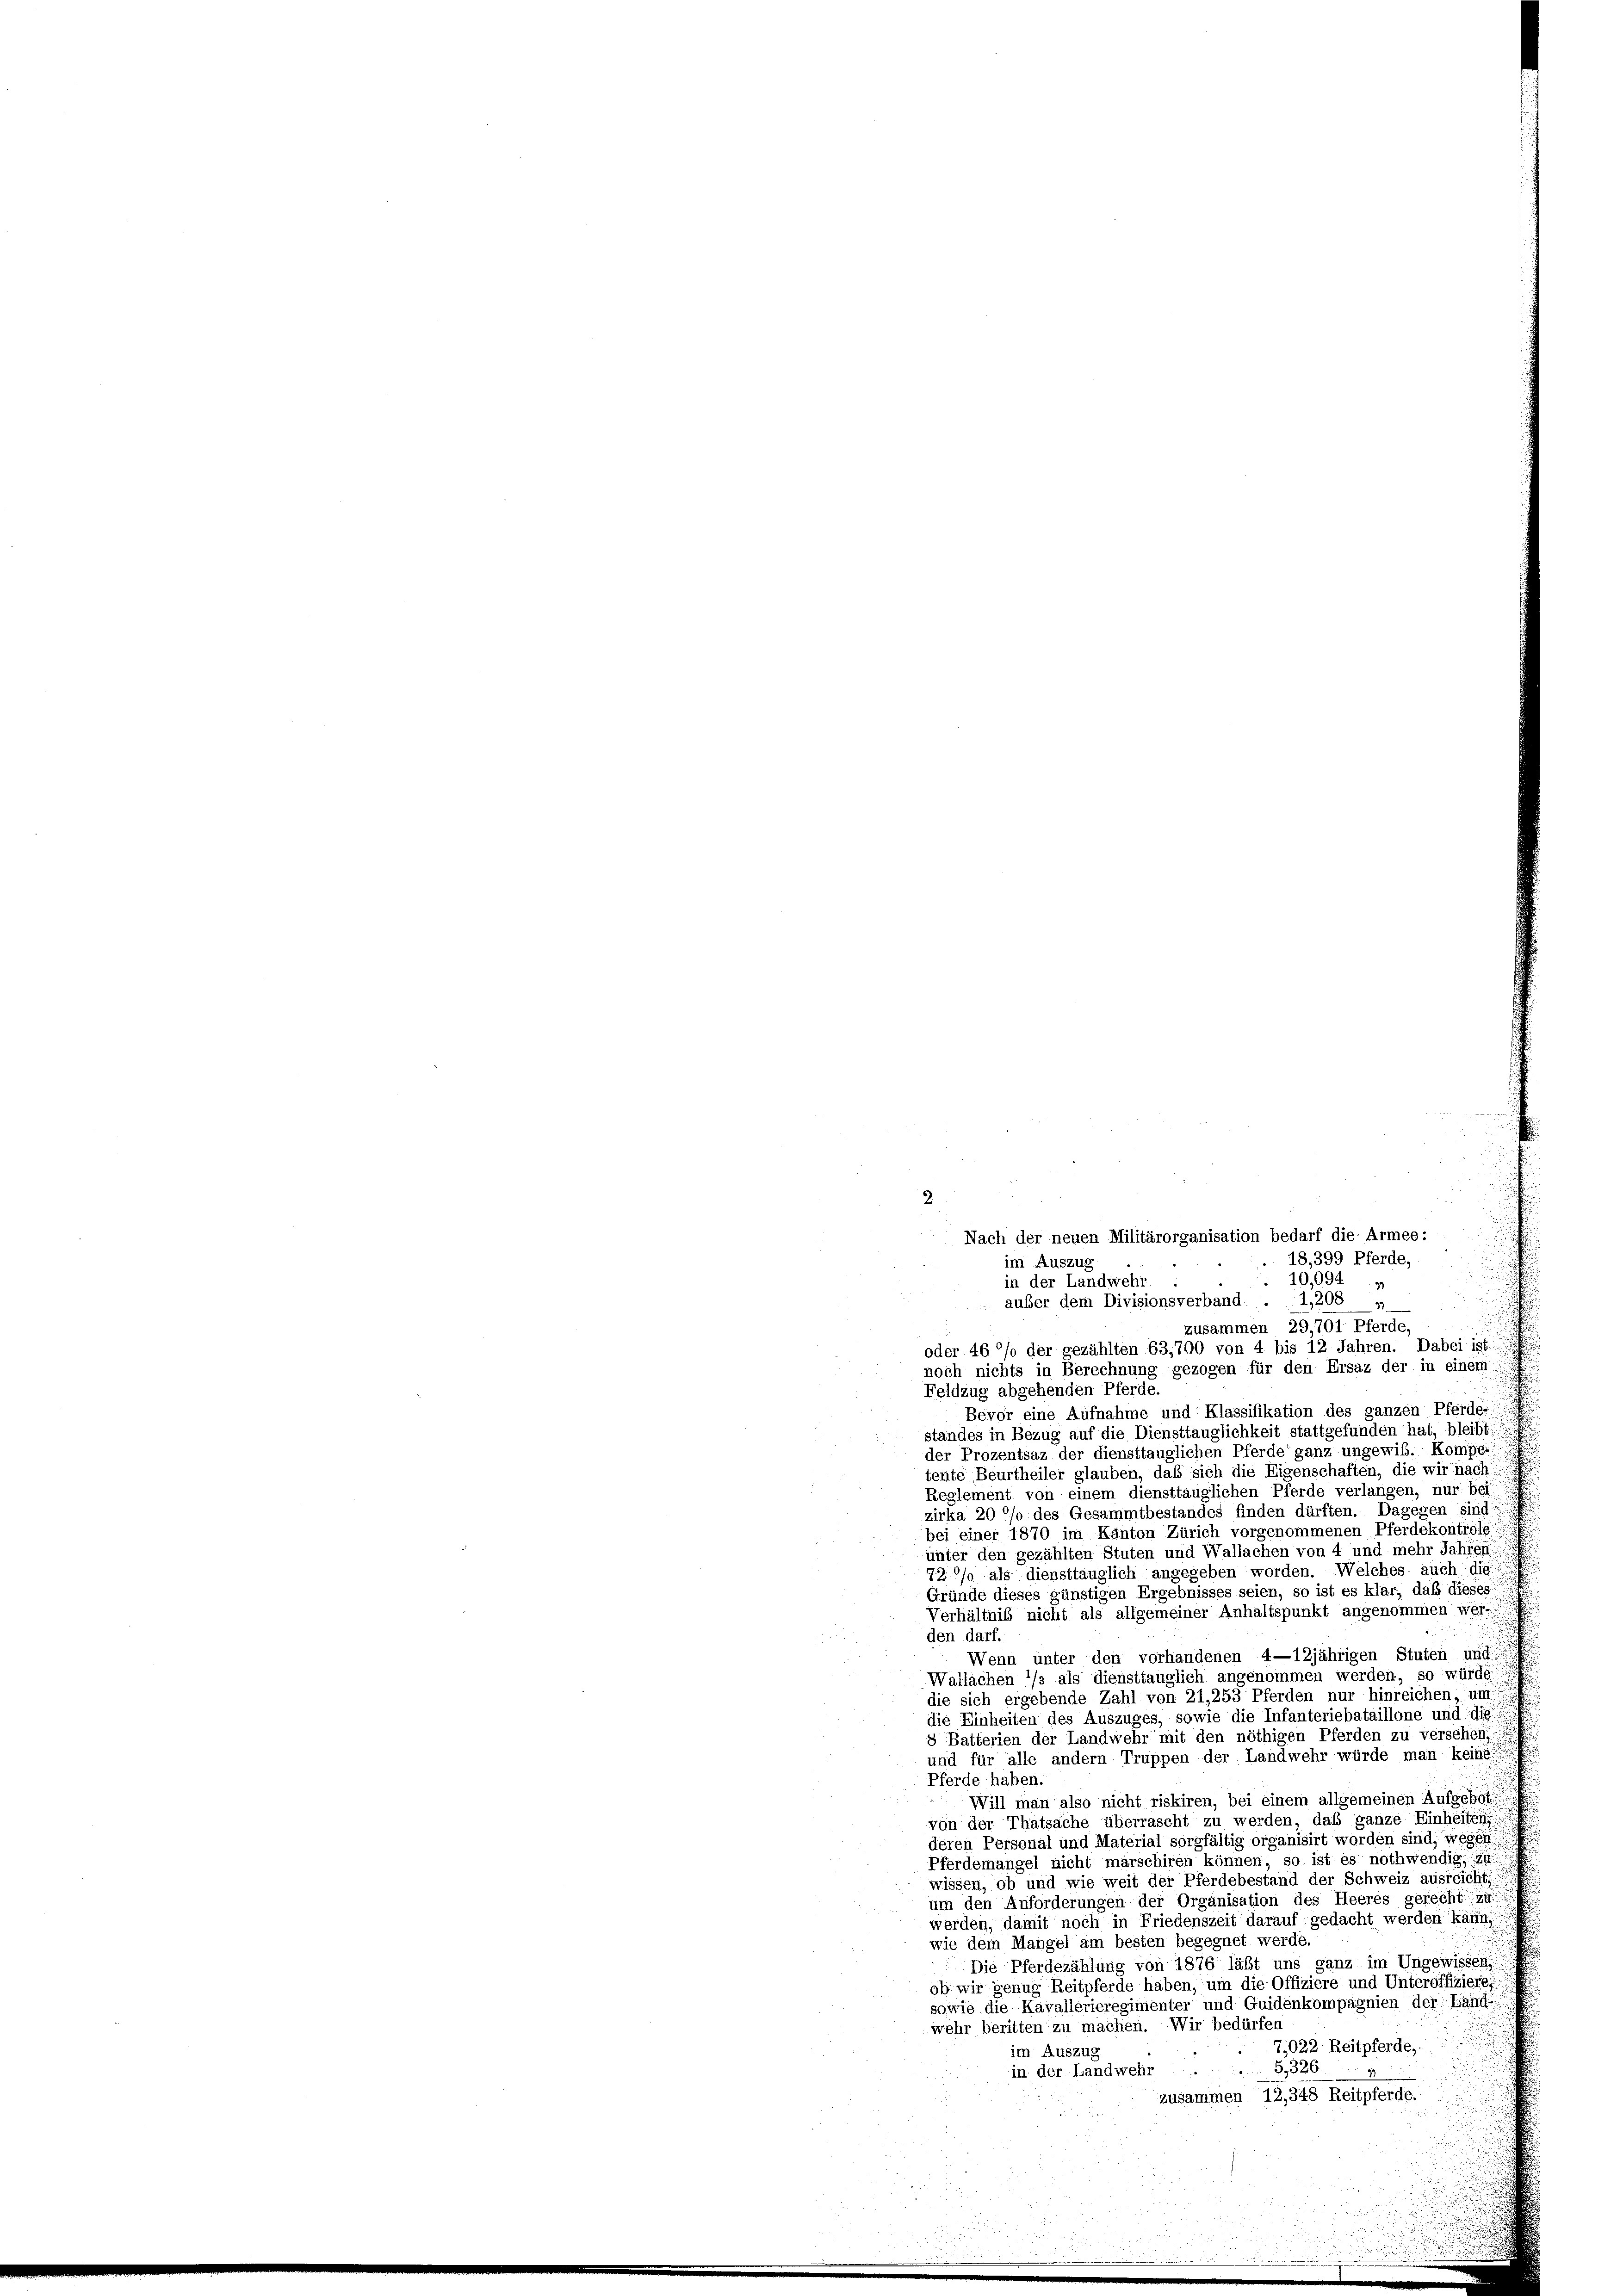
noch nichts in Berechnung gezogen für den Ersaz der in einem
Feldzug abgehenden Pferde.
Bevor eine Aufnahme und Klassifikation des ganzen Pferde-
standes in Bezug auf die Diensttauglichkeit stattgefunden hat, bleibt
der Prozentsaz der diensttauglichen Pferde ganz ungewis. Kompei
tente Beurtheiler glauben, daß sich die Eigenschaften, die wir nach!
Reglement von einem diensttauglichen Pferde verlangen, nur bei
zirka 20 °/o des Gesammtbestandes finden dürften. Dagegen sind
bei einer 1870 im Kanton Zürich vorgenommenen Pferdekontrole
unter den gezählten Stuten und Wallachen von 4 und mehr Jahren
72/0 als diensttauglich angegeben worden. Welches auch die
Gründe dieses günstigen Ergebnisses seien, so ist es klar, daß dieses
Verhältnis nicht als allgemeiner Anhaltspunkt angenommen wer
den darf.
Wenn unter den vorhandenen 4—12jährigen Stuten und
Watlachen */s als diensttauglich angenommen werden, so würde
die sich ergebende Zahl von 21,253 Pferden nur hinreichen, um
die Einheiten des Auszuges, sowie die Infanteriebataillone und die
8 Bätterien der Landwehr mit den nöthigen Pferden zu versehen,
und für alle andern Truppen der Landwehr würde man keine!!!
Pferde haben.
Will man also nicht riskiren, bei einem allgemeinen Aufgebot
von der Thatsache überrascht zu werden, das ganze Einheiten
deren Personal und Material sorgfältig organisirt worden sind; wegen
Pferdemangel nicht marschiren können, so ist es nothwendig, in
wissen, ob und wie weit der Pferdebestand der Schweiz ausreicht,
um den Anforderungen der Organisation des Heeres gerecht zu
werden, damit noch in Friedenszeit darauf gedacht werden kann,
wie dem Mangel am besten begegnet werde.
Die Pferdezählung von 1876 läßt uns ganz im Ungewissen
ob wir genug Zeitpferde haben, um die Offiziere und Unteroffiziere
sowie die Kavallerieregimenter und Guidenkompagnien der Land-
wehr beritten zu machen. Wir bedürfen
7,022 Reitpferde,
im Auszug
5,326
in der Landwehr
zusammen 12,348 Reitpferde.

2
Nach der neuen Militärorganisation bedarf die Armee:
18,399 Pferde,
im Auszug
10,0949
in der Landwehr
auber dem Divisionsverband .  1,208 „
zusammen 29,701 Pferde,
oder 46 %% der gezählten 63,700 von 4 bis 12 Jahren. Dabei ist